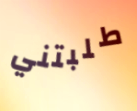
طلبتني